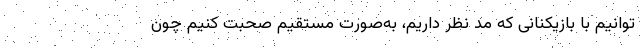
‌توانیم با بازیکنانی که مد نظر داریم، به‌صورت مستقیم صحبت کنیم چون